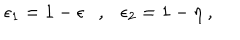
LaTeX: \epsilon _ { 1 } = 1 - \epsilon , \epsilon _ { 2 } = 1 - \eta ~ ,